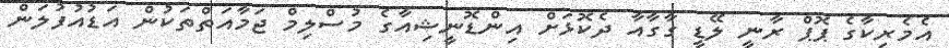
އެމެރިކާގެ ޕޮޕް ރާނީ ލޭޑީ ގާގާއާ ދެކޮޅަށް އިންޑޮނީޝިއާގެ މުސްލިމް ޖަމާއަތްތަކުން އަޑުއުފުލަން